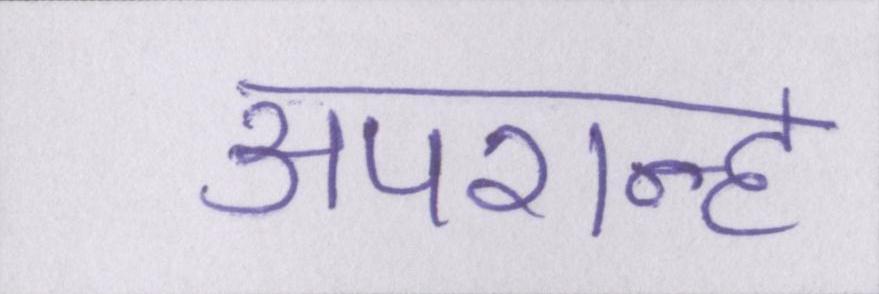
अपरान्ह